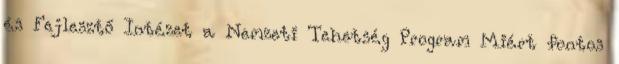
és Fejlesztő Intézet a Nemzeti Tehetség Program Miért fontos